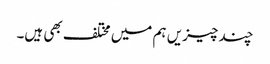
چند چیزیں ہم میں مختلف بھی ہیں۔